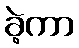
ခဲ့ကာ